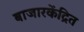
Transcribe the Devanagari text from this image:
बाजारकेंद्रित